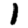
Digit: 1